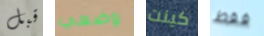
قبل وضعي كينت فقط